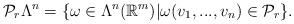
LaTeX: \begin{align*} \mathcal{P}_r\Lambda^n=\{\omega \in \Lambda^n(\mathbb{R}^m)| \omega(v_1,...,v_n)\in \mathcal{P}_r\}.\end{align*}